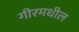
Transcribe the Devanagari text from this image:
गीरमधील